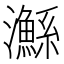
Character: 𤄏